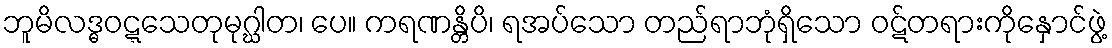
ဘူမိလဒ္ဓဝဋ္ဋသေတုမုဂ္ဃါတ၊ ပေ။ ကရဏန္တိပိ၊ ရအပ်သော တည်ရာဘုံရှိသော ဝဋ်တရားကိုနှောင်ဖွဲ့